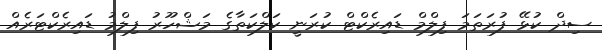
ސިދް ކުޅޭ ފުރަތަމަ ފިލްމް ޑައިރެކްޓް ކުރަނީ ކަލްކަތާގެ މަޝްހޫރު ފިލްމު ޑައިރެކްޓަރެއް